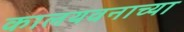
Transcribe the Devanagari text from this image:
कालयवनाच्या